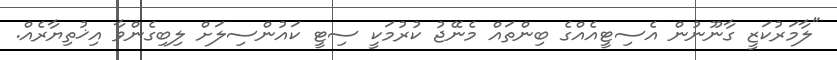
"ލާމަރުކަޒީ ގާނޫނުން އެސިޓީއެއްގެ ބިންތައް މެނޭޖު ކުރުމަކީ ސިޓީ ކައުންސިލަށް ލިބިގެންވާ އިޚުތިޔާރެއް.